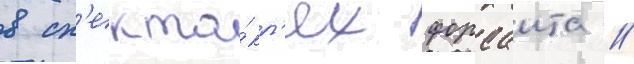
в сп'екта́кл'ях форсаита /